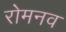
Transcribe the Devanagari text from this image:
रोमनव